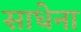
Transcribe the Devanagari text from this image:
साधेना